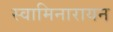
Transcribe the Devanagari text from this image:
स्वामिनारायन